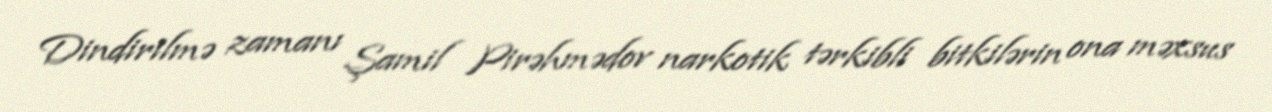
Dindirilmə zamanı Şamil Pirəhmədov narkotik tərkibli bitkilərin ona məxsus